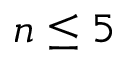
n \leq 5